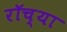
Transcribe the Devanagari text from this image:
रॉच्या